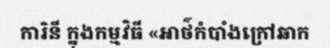
ការិនី ក្នុងកម្មវិធី «អាថ៌កំបាំងក្រៅឆាក